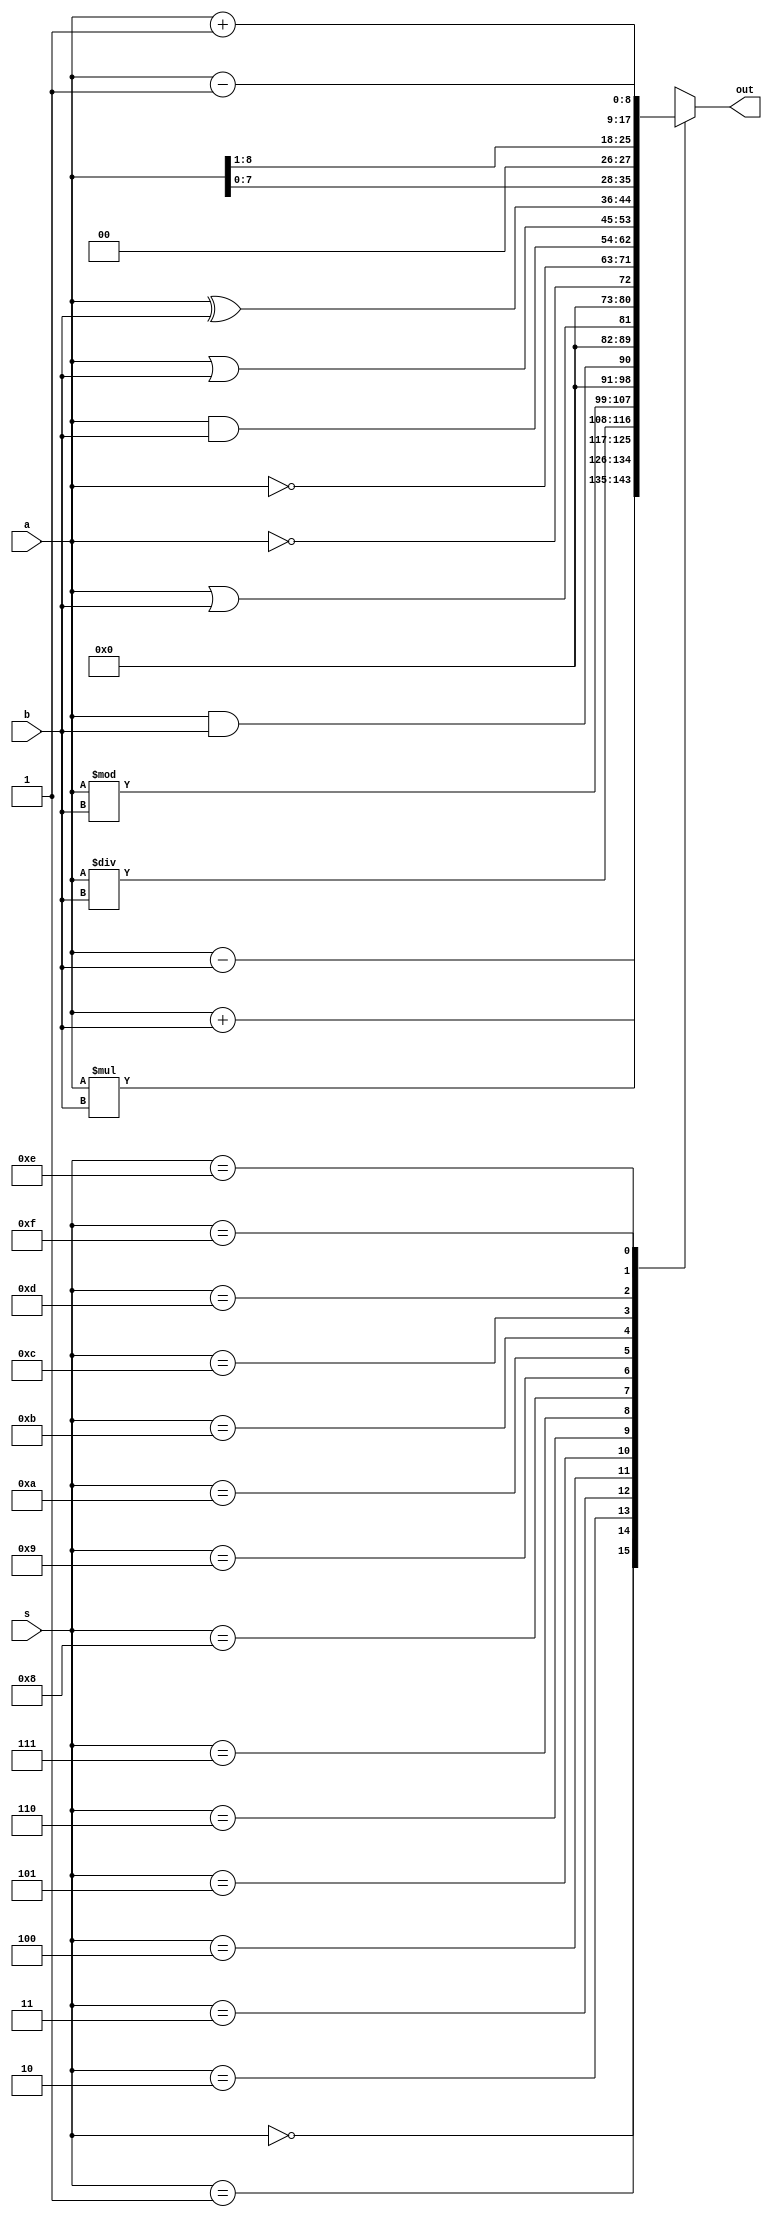
module alu_8mod(out,a,b,s);

input [8:0]a,b;
input [3:0]s;
output [8:0]out;

reg [8:0]out;

always@(s)
begin
	case(s)

		4'b0000:           out=a+b;                 //8-bit addition

		4'b0001:           out=a-b;                  //8-bit subtraction

		4'b0010:           out=a*b;                 //8-bit multiplication

		4'b0011:           out=a/b;                  //8-bit division

		4'b0100:           out=a%b;                //8-bit modulo division

		4'b0101:           out=a&&b; //8-bit logical and

		4'b0110:           out=a||b;                  //8-bit logical or

		4'b0111:           out=!a;                      //8-bit logical negation

		4'b1000:           out=~a;                     //8-bit bitwise negation

		4'b1001:           out=a&b;                //8-bit bitwise and

		4'b1010:           out=a|b;                  //8-bit bitwise or

		4'b1011:           out=a^b;                 //8-bit bitwise xor

		4'b1100:           out=a<<1;                 //left shift

		4'b1101:           out=a>>1;                 //right shift

		4'b1110:           out=a+1;                   //increment

		4'b1111:           out=a-1;                    //decrement

	endcase
end
endmodule